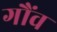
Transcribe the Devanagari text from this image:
गौंव